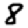
Digit: 8